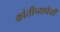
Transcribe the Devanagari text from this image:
क्रांतीच्यावेळी